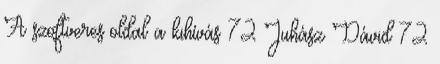
A szoftveres oldal a kihívás 72 Juhász Dávid 72